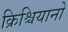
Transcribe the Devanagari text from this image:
क्रिश्चियानो